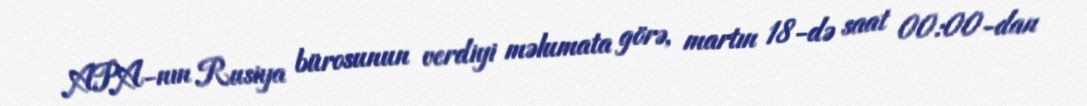
APA-nın Rusiya bürosunun verdiyi məlumata görə, martın 18-də saat 00:00-dan